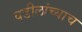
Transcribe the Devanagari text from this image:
वडीलांच्याच